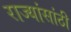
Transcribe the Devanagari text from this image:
राज्यांसांठी